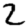
Digit: 2